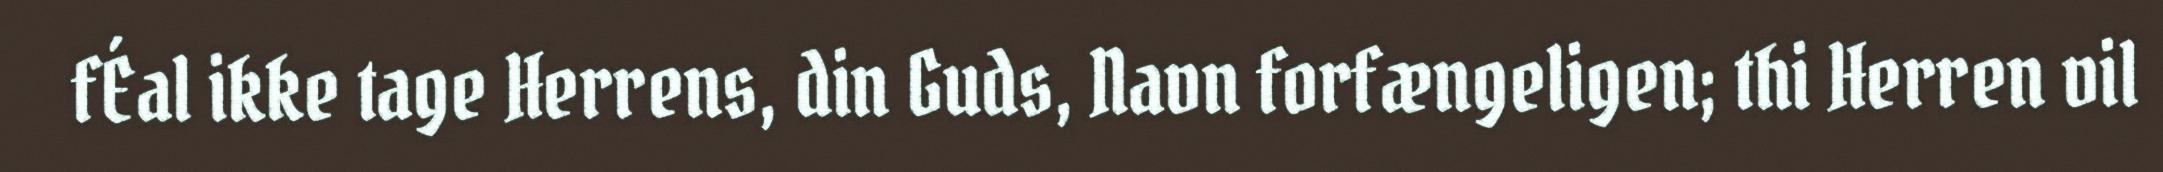
fÉal ikke tage Herrens, din Guds, Navn forfængeligen; thi Herren vil